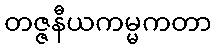
တဇ္ဇနီယကမ္မကတာ